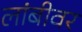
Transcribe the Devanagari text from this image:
लांबीवर